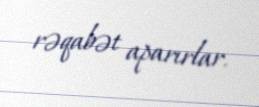
rəqabət aparırlar.